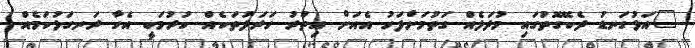
"އަޅުގަނޑު ދެކޭގޮތުގައި މުދަލެއް ގަތުމަށްފަހު އެއަށް އިތުރު ހަރަދުތަކެއް ކުރުމަކީ އެހާ ރަނގަޅުކަމެއް